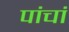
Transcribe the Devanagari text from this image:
पांचां